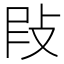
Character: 𢼖